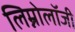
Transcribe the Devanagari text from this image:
लिम्नोलॉजी